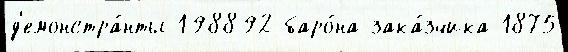
д'емонстра́нты 198892 баро́на-зака́зчика 1875